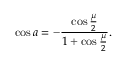
\cos a = - { \frac { \cos { \frac { \mu } { 2 } } } { 1 + \cos { \frac { \mu } { 2 } } } } .